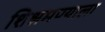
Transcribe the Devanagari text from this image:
शिश्नमण्याला